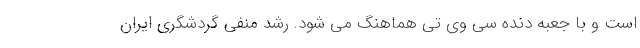
است و با جعبه دنده سی وی تی هماهنگ می شود. رشد منفی گردشگری ایران